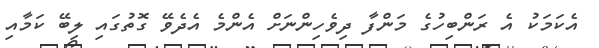
އެކަމަކު އެ ރަންބިހުގެ މަންފާ ދިވެހިންނަށް އެންމެ އެދެވޭ ގޮތުގައި ލިބޭ ކަމާއި